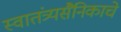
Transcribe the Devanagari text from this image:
स्वातंत्र्यसैनिकाचे